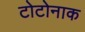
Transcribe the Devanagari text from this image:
टोटोनाक